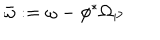
LaTeX: \bar { \omega } : = \omega - \phi ^ { * } \Omega _ { P }